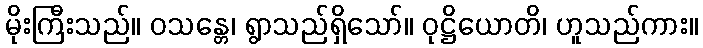
မိုးကြီးသည်။ ဝသန္တေ၊ ရွာသည်ရှိသော်။ ဝုဋ္ဌိယောတိ၊ ဟူသည်ကား။